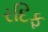
રદિફ